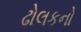
ઢોલકનો